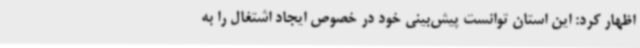
اظهار کرد: این استان توانست پیش‌بینی خود در خصوص ایجاد اشتغال را به